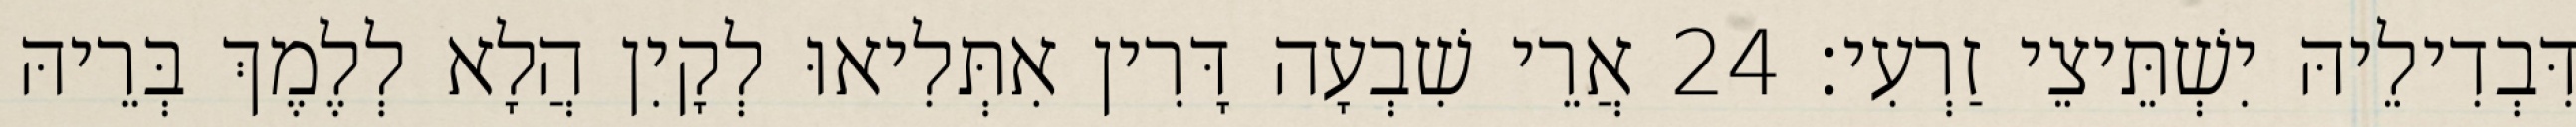
דִּבְדִילֵיהּ יִשְׁתֵּיצֵי זַרְעִי׃ 24 אֲרֵי שִׁבְעָה דָּרִין אִתְּלִיאוּ לְקָיִן הֲלָא לְלֶמֶךְ בְּרֵיהּ